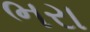
ભરા